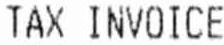
TAX INVOICE